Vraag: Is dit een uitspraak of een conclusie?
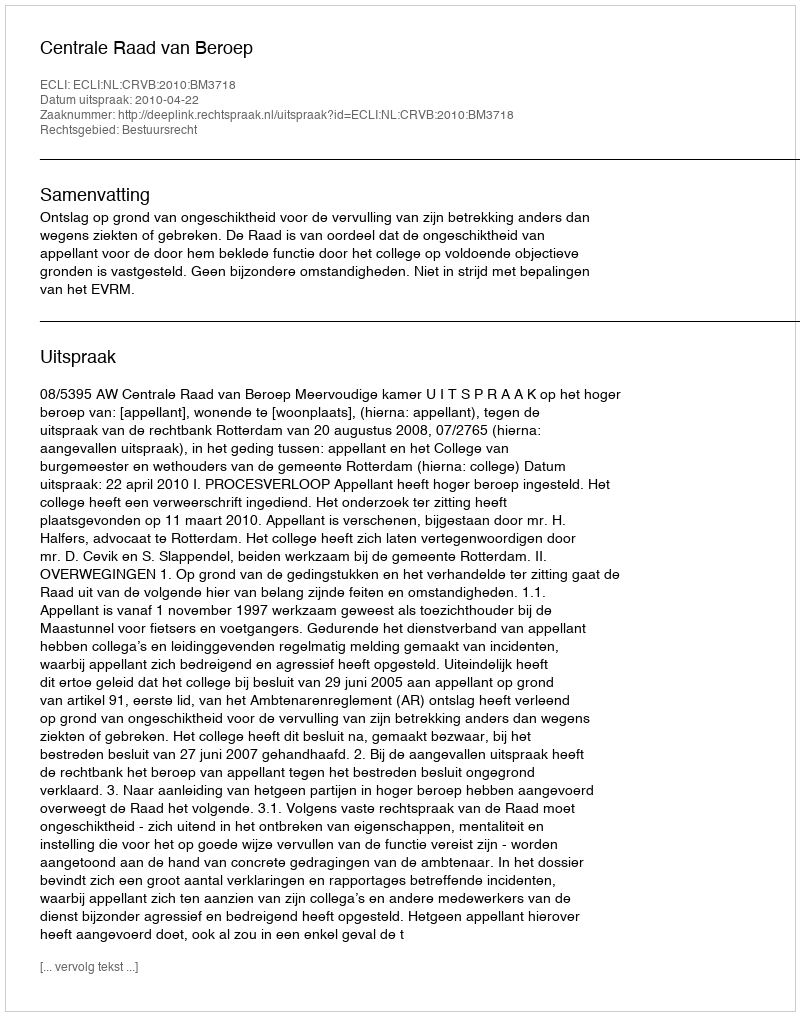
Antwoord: Uitspraak